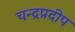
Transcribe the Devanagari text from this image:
चन्द्रप्रदीप